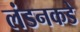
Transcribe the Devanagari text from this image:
लंडनकडे